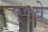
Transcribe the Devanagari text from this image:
९९वे